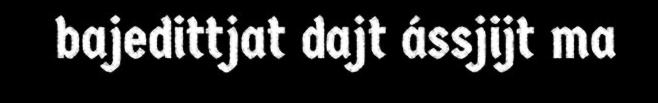
bajedittjat dajt ássjijt ma